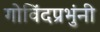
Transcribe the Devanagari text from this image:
गोविंदप्रभुंनी